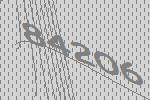
84206